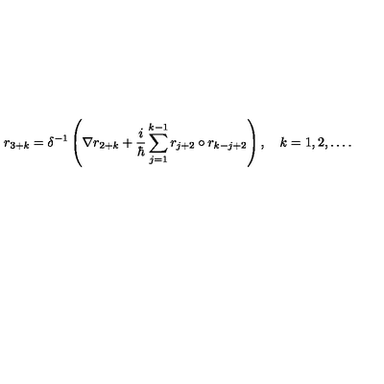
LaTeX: r _ { 3 + k } = \delta ^ { - 1 } \left( \nabla r _ { 2 + k } + \frac i \hbar \sum _ { j = 1 } ^ { k - 1 } r _ { j + 2 } \circ r _ { k - j + 2 } \right) , \quad k = 1 , 2 , \ldots .